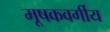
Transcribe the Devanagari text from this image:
मूषकवर्गीय